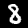
Digit: 8